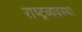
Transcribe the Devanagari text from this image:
राष्ट्रव्यवस्था